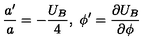
\frac { a ^ { \prime } } { a } = - \frac { U _ { B } } { 4 } , \ \phi ^ { \prime } = \frac { \partial U _ { B } } { \partial \phi }